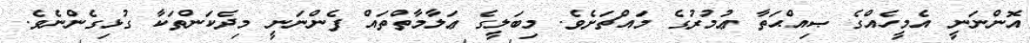
އޮންނަނީ އެމީހެއްގެ ޞިއްޙަތާ ޢުމުރުގެ މައްޗަށެވެ. މިބަލީގެ ޢަލާމާތްތައް ފެންނަނީ މިދެކަންތަކާ ގުޅިގެންނެވެ.